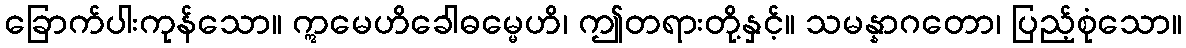
ခြောက်ပါးကုန်သော။ ဣမေဟိခေါဓမ္မေဟိ၊ ဤတရားတို့နှင့်။ သမန္နာဂတော၊ ပြည့်စုံသော။